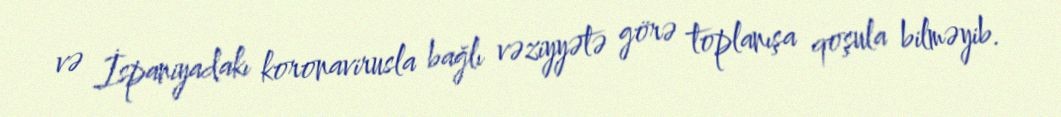
və İspaniyadakı koronavirusla bağlı vəziyyətə görə toplanışa qoşula bilməyib.